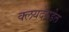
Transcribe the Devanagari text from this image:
क्लयदेसडेल